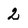
Character: 2